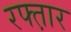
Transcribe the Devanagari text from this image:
रफ्त़ार